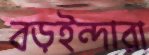
বড়ইন্দারা